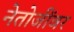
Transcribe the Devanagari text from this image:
नेतोजींवर